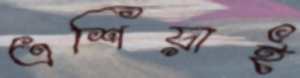
এশিয়াই